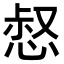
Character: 惄